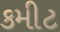
કમીટ